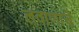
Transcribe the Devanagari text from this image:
लवाणांचे